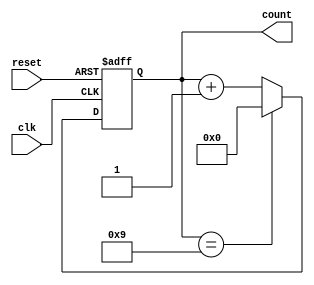
module bcd_counter (
    input wire clk,          // Clock signal
    input wire reset,        // Asynchronous reset signal
    output reg [3:0] count   // 4-bit BCD output
);

// Always block triggered on the rising edge of the clock or the reset signal
always @(posedge clk or posedge reset) begin
    if (reset) begin
        count <= 4'b0000;   // Reset the counter to 0
    end else begin
        if (count == 4'b1001) begin
            count <= 4'b0000; // Reset to 0 when count reaches 10 (1010 in binary)
        end else begin
            count <= count + 1; // Increment the counter
        end
    end
end

endmodule